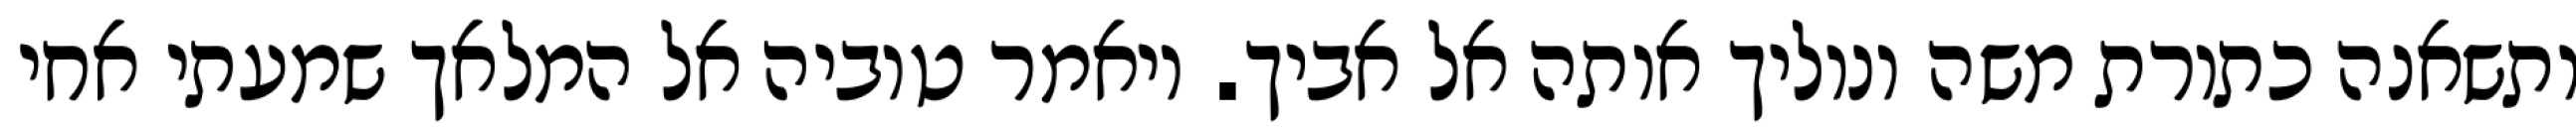
ותשאנה כתורת משה ונוליך אותה אל אביך. ויאמר טוביה אל המלאך שמעתי אחי